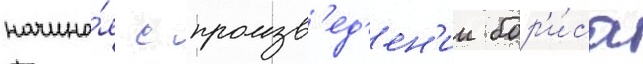
начина́я с произв'ед'ен'ии бор'и́са